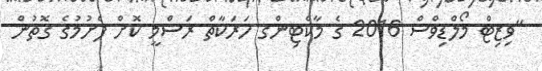
"ވިޒިޓް މޯލްޑިވްސް 2016 ގެ މާކެޓިންގ ހަރަކާތް ރަސްމީ ކޮށް ފެށުމުގެ ގޮތުން